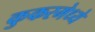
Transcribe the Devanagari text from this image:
कुकरमेध्ये